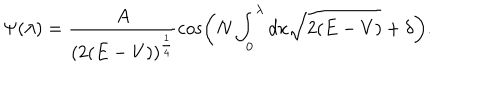
\Psi ( \lambda ) = \frac { A } { ( 2 ( E - V ) ) ^ { \frac { 1 } { 4 } } } \cos \left( N \int _ { 0 } ^ { \lambda } d x \sqrt { 2 ( E - V ) } + \delta \right) .